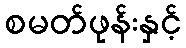
စမတ်ဖုန်းနှင့်